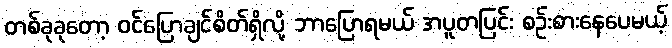
တစ်ခုခုတော့ ဝင်ပြောချင်စိတ်ရှိလို့ ဘာပြောရမယ် အပူတပြင်း စဉ်းစားနေပေမယ့်